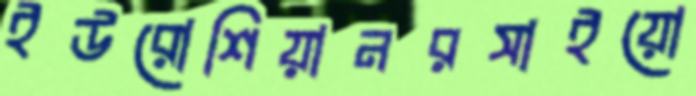
ইউরোশিয়ানরসাইয়ো